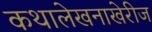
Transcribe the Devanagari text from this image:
कथालेखनाखेरीज